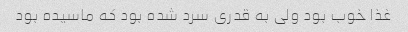
غذا خوب بود ولی به قدری سرد شده بود که ماسیده بود